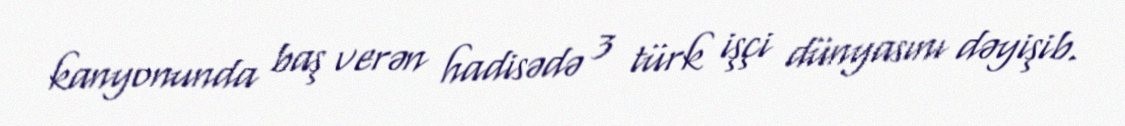
kanyonunda baş verən hadisədə 3 türk işçi dünyasını dəyişib.